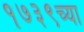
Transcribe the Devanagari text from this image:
१७३९च्या